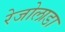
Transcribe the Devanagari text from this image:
रेजोलाडा